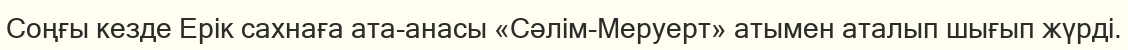
Соңғы кезде Ерік сахнаға ата-анасы «Сәлім-Меруерт» атымен аталып шығып жүрді.